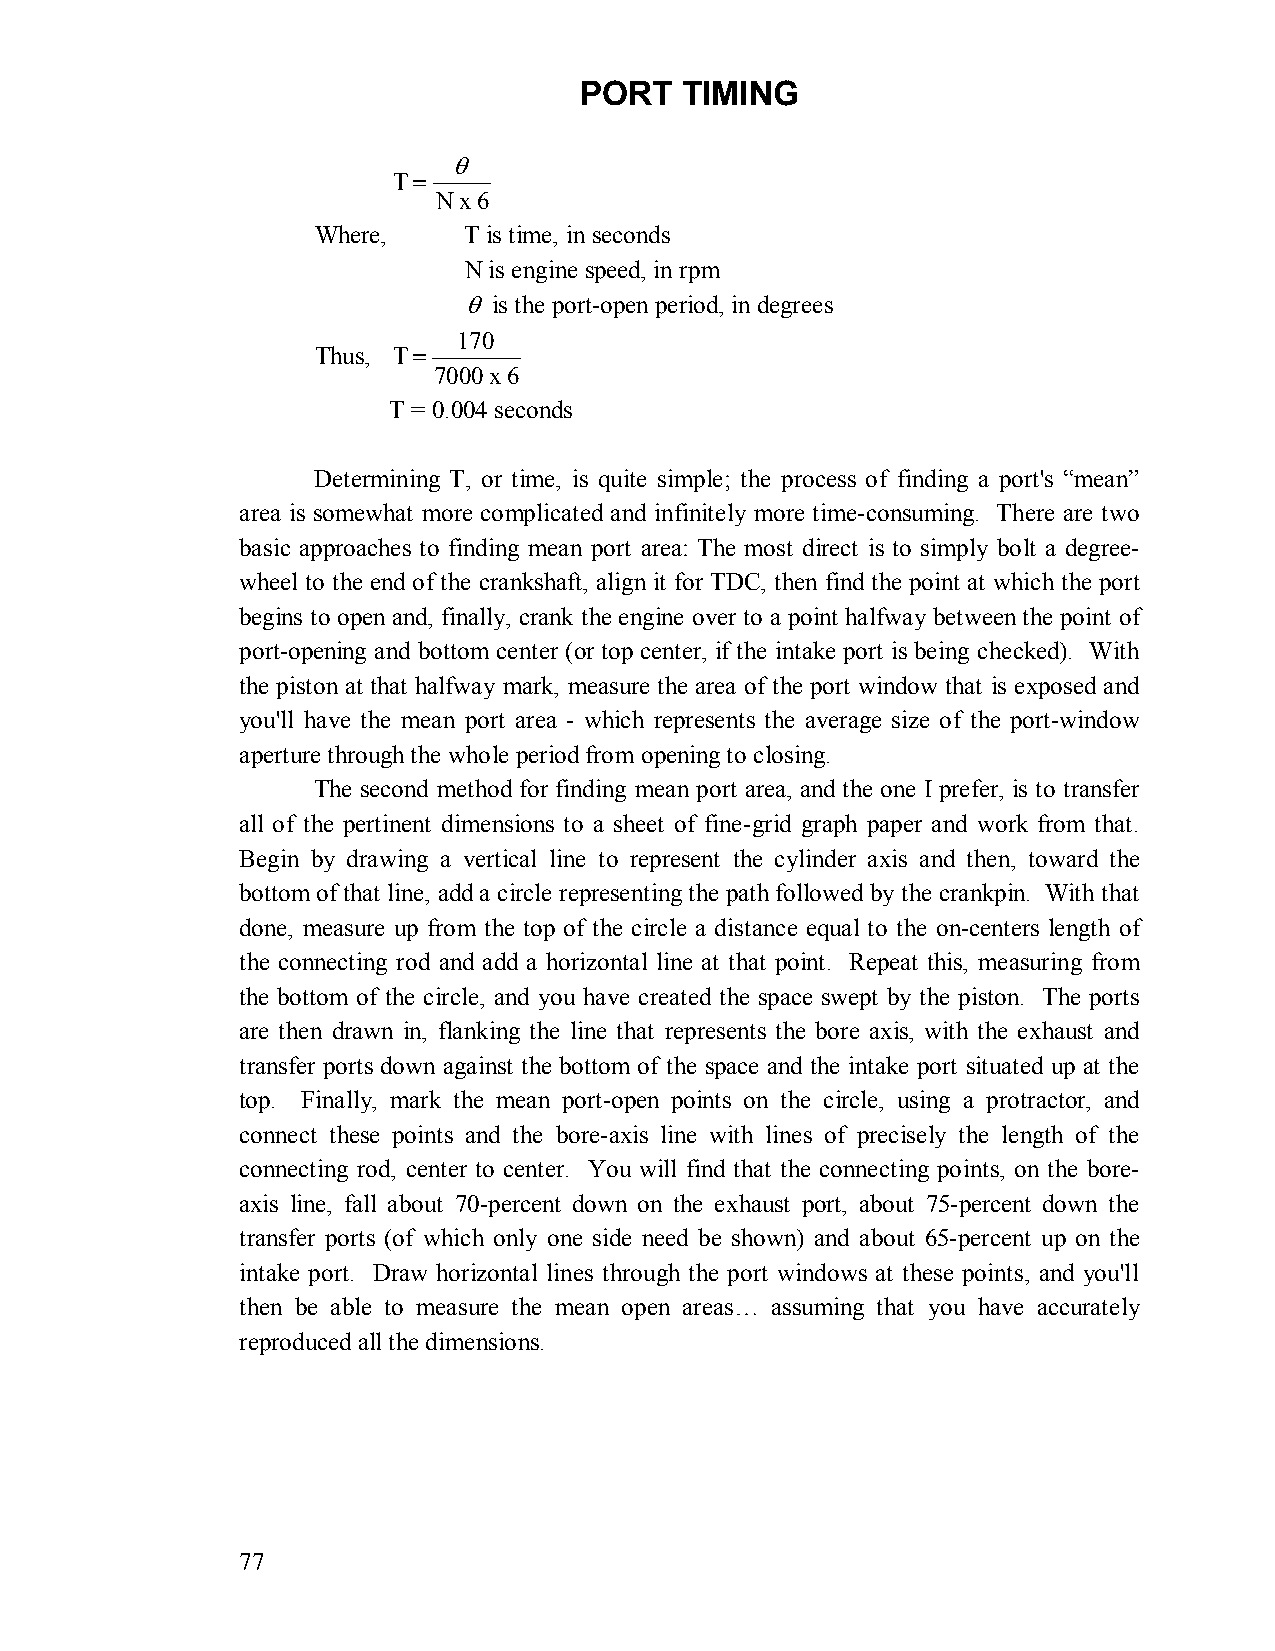
PORT   TIMING
 θ
 T =
 N x 6
 Where,    T is time, in seconds
 N is engine speed, in rpm
 θ is the port-open period, in degrees
 170
 Thus, T =
 7000 x 6
 T = 0.004 seconds
 Determining T, or time, is quite simple; the process of finding a port's “mean”
 area is somewhat more complicated and infinitely more time-consuming. There are two
 basic approaches to finding mean port area: The most direct is to simply bolt a degree-
 wheel to the end of the crankshaft, align it for TDC, then find the point at which the port
 begins to open and, finally, crank the engine over to a point halfway between the point of
 port-opening and bottom center (or top center, if the intake port is being checked). With
 the piston at that halfway mark, measure the area of the port window that is exposed and
 you'll have the mean port area - which represents the average size of the port-window
 aperture through the whole period from opening to closing.
 The second method for finding mean port area, and the one I prefer, is to transfer
 all of the pertinent dimensions to a sheet of fine-grid graph paper and work from that.
 Begin by drawing a vertical line to represent the cylinder axis and then, toward the
 bottom of that line, add a circle representing the path followed by the crankpin. With that
 done, measure up from the top of the circle a distance equal to the on-centers length of
 the connecting rod and add a horizontal line at that point. Repeat this, measuring from
 the bottom of the circle, and you have created the space swept by the piston. The ports
 are then drawn in, flanking the line that represents the bore axis, with the exhaust and
 transfer ports down against the bottom of the space and the intake port situated up at the
 top. Finally, mark the mean port-open points on the circle, using a protractor, and
 connect these points and the bore-axis line with lines of precisely the length of the
 connecting rod, center to center. You will find that the connecting points, on the bore-
 axis line, fall about 70-percent down on the exhaust port, about 75-percent down the
 transfer ports (of which only one side need be shown) and about 65-percent up on the
 intake port. Draw horizontal lines through the port windows at these points, and you'll
 then be able to measure the mean open areas… assuming that you have accurately
 reproduced all the dimensions.
 77